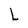
Character: L